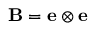
\mathbf { B } = \mathbf { e } \otimes \mathbf { e }